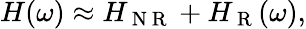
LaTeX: \begin{array}{r}{H(\omega)\approx H_{\mathrm{~N~R~}}+H_{\mathrm{~R~}}(\omega),}\end{array}